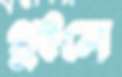
থুইলে